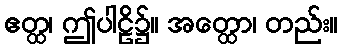
ဧတ္ထ၊ ဤပါဠိ၌။ အတ္ထော၊ တည်း။